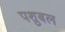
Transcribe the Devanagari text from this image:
पशुबल